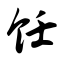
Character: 饪